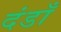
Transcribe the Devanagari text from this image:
दंडाँ